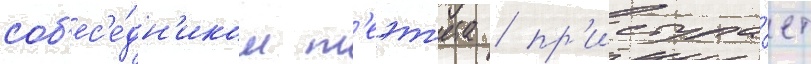
соб'ес'е́дн'иком т'еэт'ета / пр'иступа́ет